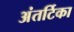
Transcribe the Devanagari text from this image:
अंतर्टिका